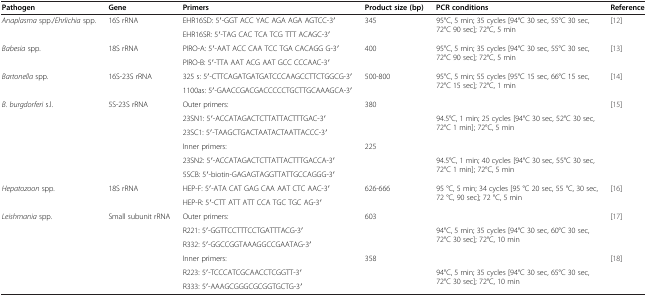
<table><thead><tr><td><b>Pathogen</b></td><td><b>Gene</b></td><td><b>Primers</b></td><td><b>Product size (bp)</b></td><td><b>PCR conditions</b></td><td><b>Reference</b></td></tr></thead><tbody><tr><td rowspan="2"><i>Anaplasma</i> spp./<i>Ehrlichia</i> spp.</td><td>16S rRNA</td><td>EHR16SD: 5′-GGT ACC YAC AGA AGA AGTCC-3′</td><td rowspan="2">345</td><td rowspan="2">95°C, 5 min; 35 cycles [94°C 30 sec, 55°C 30 sec, 72°C 90 sec]; 72°C, 5 min</td><td rowspan="2">[12]</td></tr><tr><td> </td><td>EHR16SR: 5′-TAG CAC TCA TCG TTT ACAGC-3′</td></tr><tr><td rowspan="2"><i>Babesia</i> spp.</td><td>18S rRNA</td><td>PIRO-A: 5′-AAT ACC CAA TCC TGA CACAGG G-3′</td><td rowspan="2">400</td><td rowspan="2">95°C, 5 min; 35 cycles [94°C 30 sec, 55°C 30 sec, 72°C 90 sec]; 72°C, 5 min</td><td rowspan="2">[13]</td></tr><tr><td> </td><td>PIRO-B: 5′-TTA AAT ACG AAT GCC CCCAAC-3′</td></tr><tr><td rowspan="2"><i>Bartonella</i> spp.</td><td>16S-23S rRNA</td><td>325 s: 5′-CTTCAGATGATGATCCCAAGCCTTCTGGCG-3′</td><td rowspan="2">500-800</td><td rowspan="2">95°C, 5 min; 55 cycles [95°C 15 sec, 66°C 15 sec, 72°C 15 sec]; 72°C, 1 min</td><td rowspan="2">[14]</td></tr><tr><td> </td><td>1100as: 5′-GAACCGACGACCCCCTGCTTGCAAAGCA-3′</td></tr><tr><td rowspan="6"><i>B. burgdorferi</i> s.l.</td><td>5S-23S rRNA</td><td>Outer primers:</td><td rowspan="3">380</td><td> </td><td rowspan="6">[15]</td></tr><tr><td> </td><td>23SN1: 5′-ACCATAGACTCTTATTACTTTGAC-3′</td><td rowspan="2">94.5°C, 1 min; 25 cycles [94°C 30 sec, 52°C 30 sec, 72°C 1 min]; 72°C, 5 min</td></tr><tr><td> </td><td>23SC1: 5′-TAAGCTGACTAATACTAATTACCC-3′</td></tr><tr><td> </td><td>Inner primers:</td><td rowspan="3">225</td><td> </td></tr><tr><td> </td><td>23SN2: 5′-ACCATAGACTCTTATTACTTTGACCA-3′</td><td rowspan="2">94.5°C, 1 min; 40 cycles [94°C 30 sec, 55°C 30 sec, 72°C 1 min]; 72°C, 5 min</td></tr><tr><td> </td><td>5SCB: 5′-biotin-GAGAGTAGGTTATTGCCAGGG-3′</td></tr><tr><td rowspan="2"><i>Hepatozoon</i> spp.</td><td>18S rRNA</td><td>HEP-F: 5′-ATA CAT GAG CAA AAT CTC AAC-3′</td><td rowspan="2">626-666</td><td rowspan="2">95 °C, 5 min; 34 cycles [95 °C 20 sec, 55 °C, 30 sec, 72 °C, 90 sec]; 72 °C, 5 min</td><td rowspan="2">[16]</td></tr><tr><td> </td><td>HEP-R: 5′-CTT ATT ATT CCA TGC TGC AG-3′</td></tr><tr><td rowspan="5"><i>Leishmania</i> spp.</td><td>Small subunit rRNA</td><td>Outer primers:</td><td rowspan="3">603</td><td> </td><td rowspan="3">[17]</td></tr><tr><td> </td><td>R221: 5′-GGTTCCTTTCCTGATTTACG-3′</td><td rowspan="2">94°C, 5 min; 35 cycles [94°C 30 sec, 60°C 30 sec, 72°C 30 sec]; 72°C, 10 min</td></tr><tr><td> </td><td>R332: 5′-GGCCGGTAAAGGCCGAATAG-3′</td></tr><tr><td> </td><td>Inner primers:</td><td rowspan="2">358</td><td> </td><td rowspan="2">[18]</td></tr><tr><td> </td><td>R223: 5′-TCCCATCGCAACCTCGGTT-3′</td><td>94°C, 5 min; 35 cycles [94°C 30 sec, 65°C 30 sec, 72°C 30 sec]; 72°C, 10 min</td></tr><tr><td> </td><td> </td><td>R333: 5′-AAAGCGGGCGCGGTGCTG-3′</td><td> </td><td> </td><td> </td></tr></tbody></table>